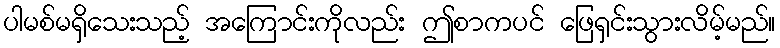
ပါမစ်မရှိသေးသည့် အကြောင်းကိုလည်း ဤစာကပင် ဖြေရှင်းသွားလိမ့်မည်။